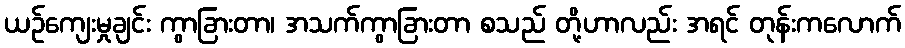
ယဉ်ကျေးမှုချင်း ကွာခြားတာ၊ အသက်ကွာခြားတာ စသည် တို့ဟာလည်း အရင် တုန်းကလောက်